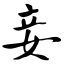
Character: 妾